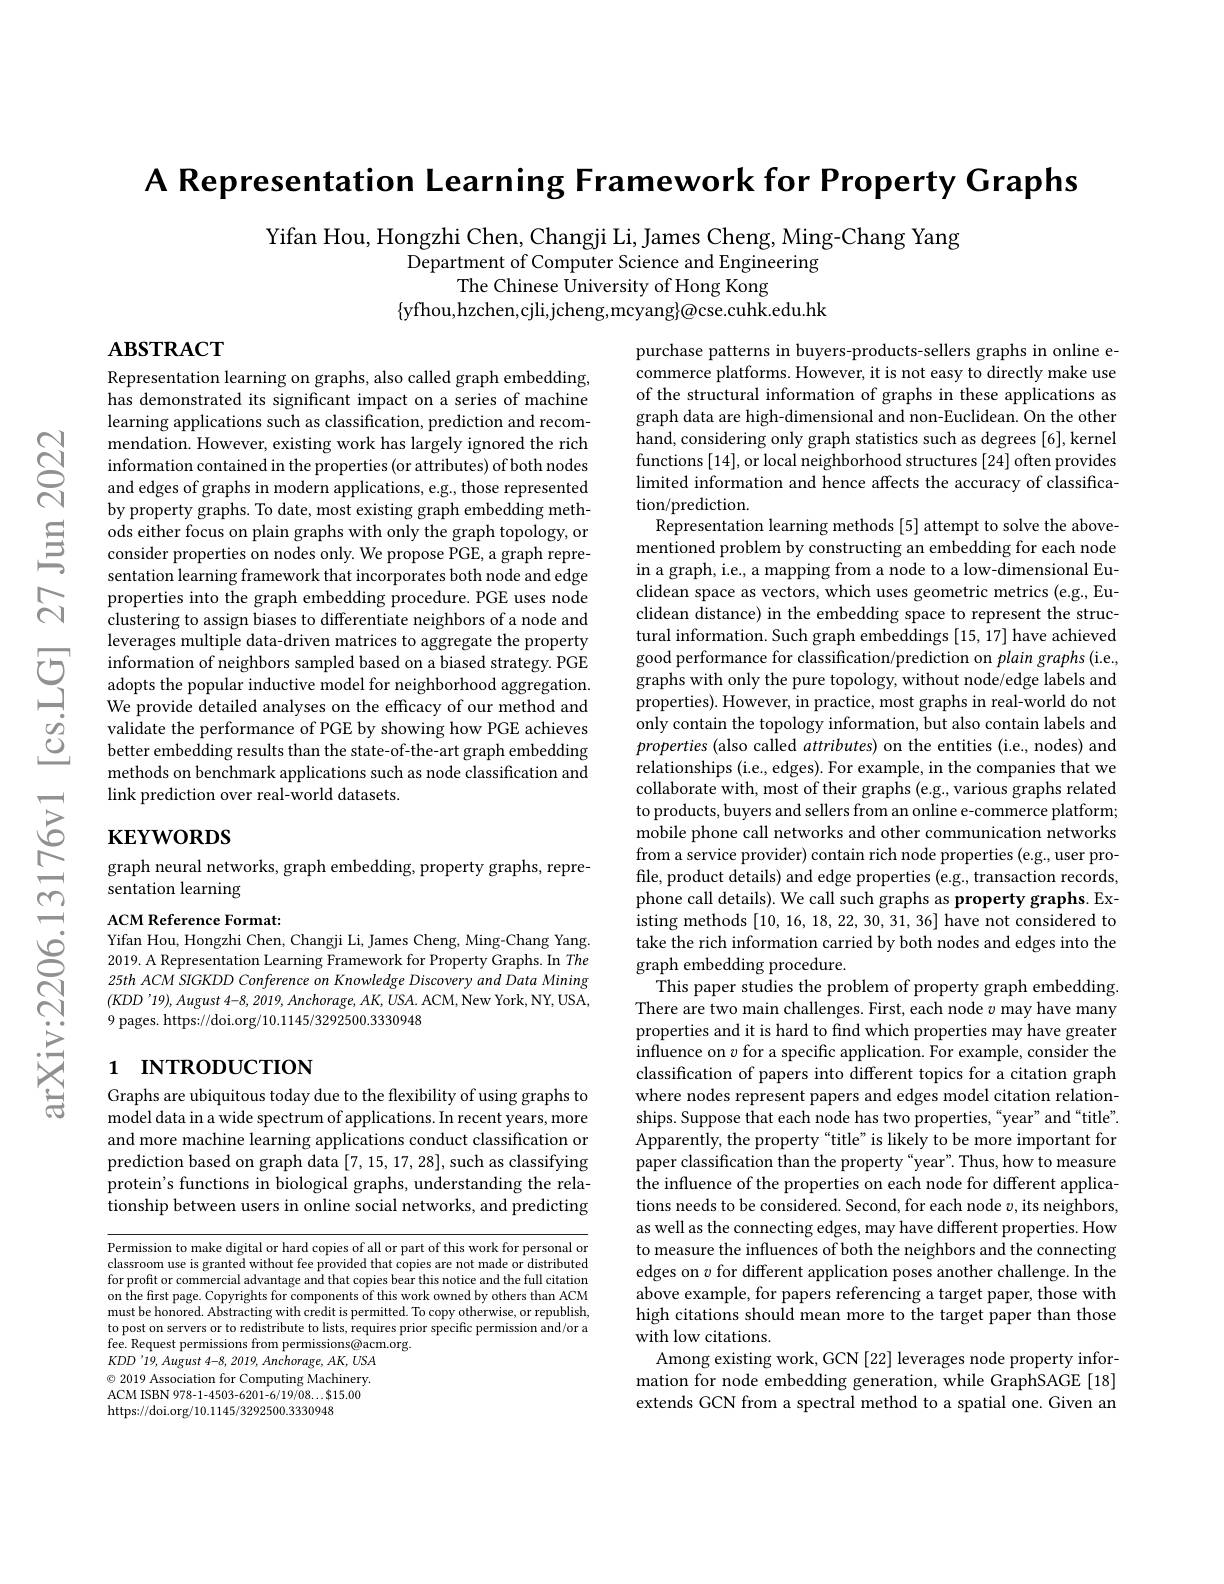
A Representation Learning Framework for Property Graphs

Yifan Hou, Hongzhi Chen, Changji Li, James Cheng, Ming-Chang Yang
Department of Computer Science and Engineering
The Chinese $\hat{\text{University of Hong Kong}}$
$\{$yfhou,hzchen,cjli,jcheng,mcyang$\}\textcircled{\mathrm{ocse.cuhk.edu.hk}}$

$\mathbf{ABSTRACT}$

Representation learning on graphs, also called graph embedding, has demonstrated its significant impact on a series of machine learning applications such as classification, prediction and recommendation. However, existing work has largely ignored the rich information contained in the properties (or attributes) of both nodes and edges of graphs in modern applications, e.g., those represented by property graphs. To date, most existing graph embedding methods either focus on plain graphs with only the graph topology, or consider properties on nodes only. We propose PGE, a graph representation learning framework that incorporates both node and edge properties into the graph embedding procedure. PGE uses node clustering to assign biases to differentiate neighbors of a node and leverages multiple data-driven matrices to aggregate the property information of neighbors sampled based on a biased strategy. PGE adopts the popular inductive model for neighborhood aggregation. We provide detailed analyses on the efficacy of our method and validate the performance of PGE by showing how PGE achieves better embedding results than the state-of-the-art graph embedding methods on benchmark applications such as node classification and link prediction over real-world datasets.

## $\mathbf{KEYWORDS}$

purchase patterns in buyers-products-sellers graphs in online ecommerce platforms. However, it is not easy to directly make use of the structural information of graphs in these applications as graph data are high-dimensional and non-Euclidean. On the other hand, considering only graph statistics such as degrees [6], kernel functions [14],or local neighborhood structures [24] often provides limited information and hence affects the accuracy of classifica- $\operatorname{tion/prediction.}$
Representation learning methods [5] attempt to solve the abovementioned problem by constructing an embedding for each node in a graph, i.e., a mapping from a node to a low-dimensional Euclidean space as vectors, which uses geometric metrics (e.g., Euclidean distance) in the embedding space to represent the structural information. Such graph embeddings [15,17] have achieved good performance for classification/prediction on plain graphs (i.e., graphs with only the pure topology, without node/edge labels and properties). However, in practice, most graphs in real-world do not only contain the topology information, but also contain labels and properties (also called $attributes)$ on the entities (i.e., nodes) and relationships (i.e., edges). For example, in the companies that we collaborate with, most of their graphs (e.g., various graphs related to products, buyers and sellers from an online e-commerce platform; mobile phone call networks and other communication networks from a service provider) contain rich node properties (e.g., user profile, product details) and edge properties (e.g., transaction records, phone call details). We call such graphs as property graphs. Existing methods [10,16,18,22,30,31,36] have not considered to take the rich information carried by both nodes and edges into the graph embedding procedure.
${\dot{\text{This paper studies the problem of property graph embedding.}}}$ There are two main challenges. First, each node $v$ may have many properties and it is hard to find which properties may have greater influence on $v$ for a specific application. For example, consider the classification of papers into different topics for a citation graph where nodes represent papers and edges model citation relationships. Suppose that each node has two properties,“year" and“title”. Apparently, the property“title” is likely to be more important for paper classification than the property“year”. Thus, how to measure the influence of the properties on each node for different applications needs to be considered. Second, for each node $v$, its neighbors, as well as the connecting edges, may have different properties. How to measure the influences of both the neighbors and the connecting edges on $v$ for different application poses another challenge. In the above example, for papers referencing a target paper, those with high citations should mean more to the target paper than those with low citations.
Among existing work, GCN [22] leverages node property information for node embedding generation, while GraphSAGE [18] extends GCN from a spectral method to a spatial one. Given an

graph neural networks, graph embedding, property graphs, repre-
sentation learning

ACM Reference Format:
Yifan Hou, Hongzhi Chen, Changji Li, James Cheng, Ming-Chang Yang. 2019. A Representation Learning Framework for Property Graphs. In The 25th ACM SIGKDD Conference on Knowledge Discovery and Data Mining $( KDD’ 19) , August$ $4- 8, 2019, Anchorage, AK, USA.$ ACM,New York,NY,USA, 9 pages. https://doi.org/10.1145/3292500.3330948

# 1 INTRODUCTION

Graphs are ubiquitous today due to the flexibility of using graphs to model data in a wide spectrum of applications. In recent years, more and more machine learning applications conduct classification or prediction based on graph data [7,15,17,28], such as classifying protein's functions in biological graphs, understanding the relationship between users in online social networks, and predicting

Permission to make digital or hard copies of all or part of this work for personal or classroom use is granted without fee provided that copies are not made or distributed for profit or commercial advantage and that copies bear this notice and the full citation on the first page. Copyrights for components of this work owned by others than ACM must be honored. Abstracting with credit is permitted. To copy otherwise, or republish, to post on servers or to redistribute to lists, requires prior specific permission and/or a fee. Request permissions from permissions@acm.org.
$KDD'19,August~4-8,~2019,~Anchorage,~AK,~USA$ $\odot$ 2019 Association for Computing Machinery. ACM ISBN 978-1-4503-6201-6/19/08...$15.00 https://doi.org/10.1145/3292500.3330948